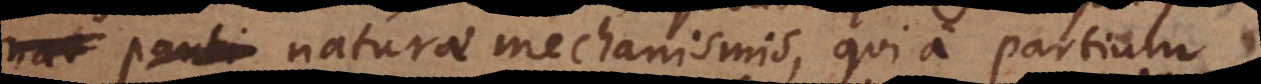
t naturae mechanismis, qui a partium